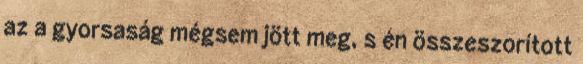
az a gyorsaság mégsem jött meg, s én összeszorított